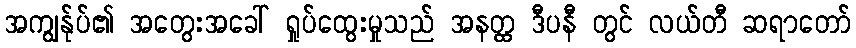
အကျွန်ုပ်၏ အတွေးအခေါ် ရှုပ်ထွေးမှုသည် အနတ္ထ ဒီပနီ တွင် လယ်တီ ဆရာတော်